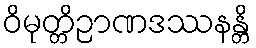
ဝိမုတ္တိဉာဏဒဿနန္တိ